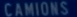
camions